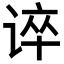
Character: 谇